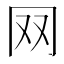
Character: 𦉳